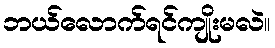
ဘယ်လောက်ရင်ကျိုးမလဲ။